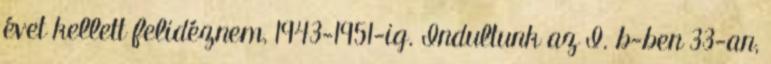
évet kellett felidéznem, 1943-1951-ig. Indultunk az I. b-ben 33-an,